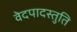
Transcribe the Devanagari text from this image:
वेदपादस्तुति